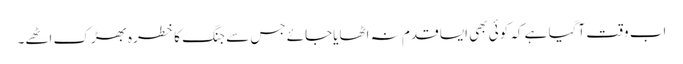
اب وقت آگیا ہے کہ کوئی بھی ایسا قدم نہ اٹھایاجائے جس سے جنگ کا خطرہ بھڑک اٹھے۔